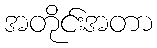
အတိုင်းအတာ